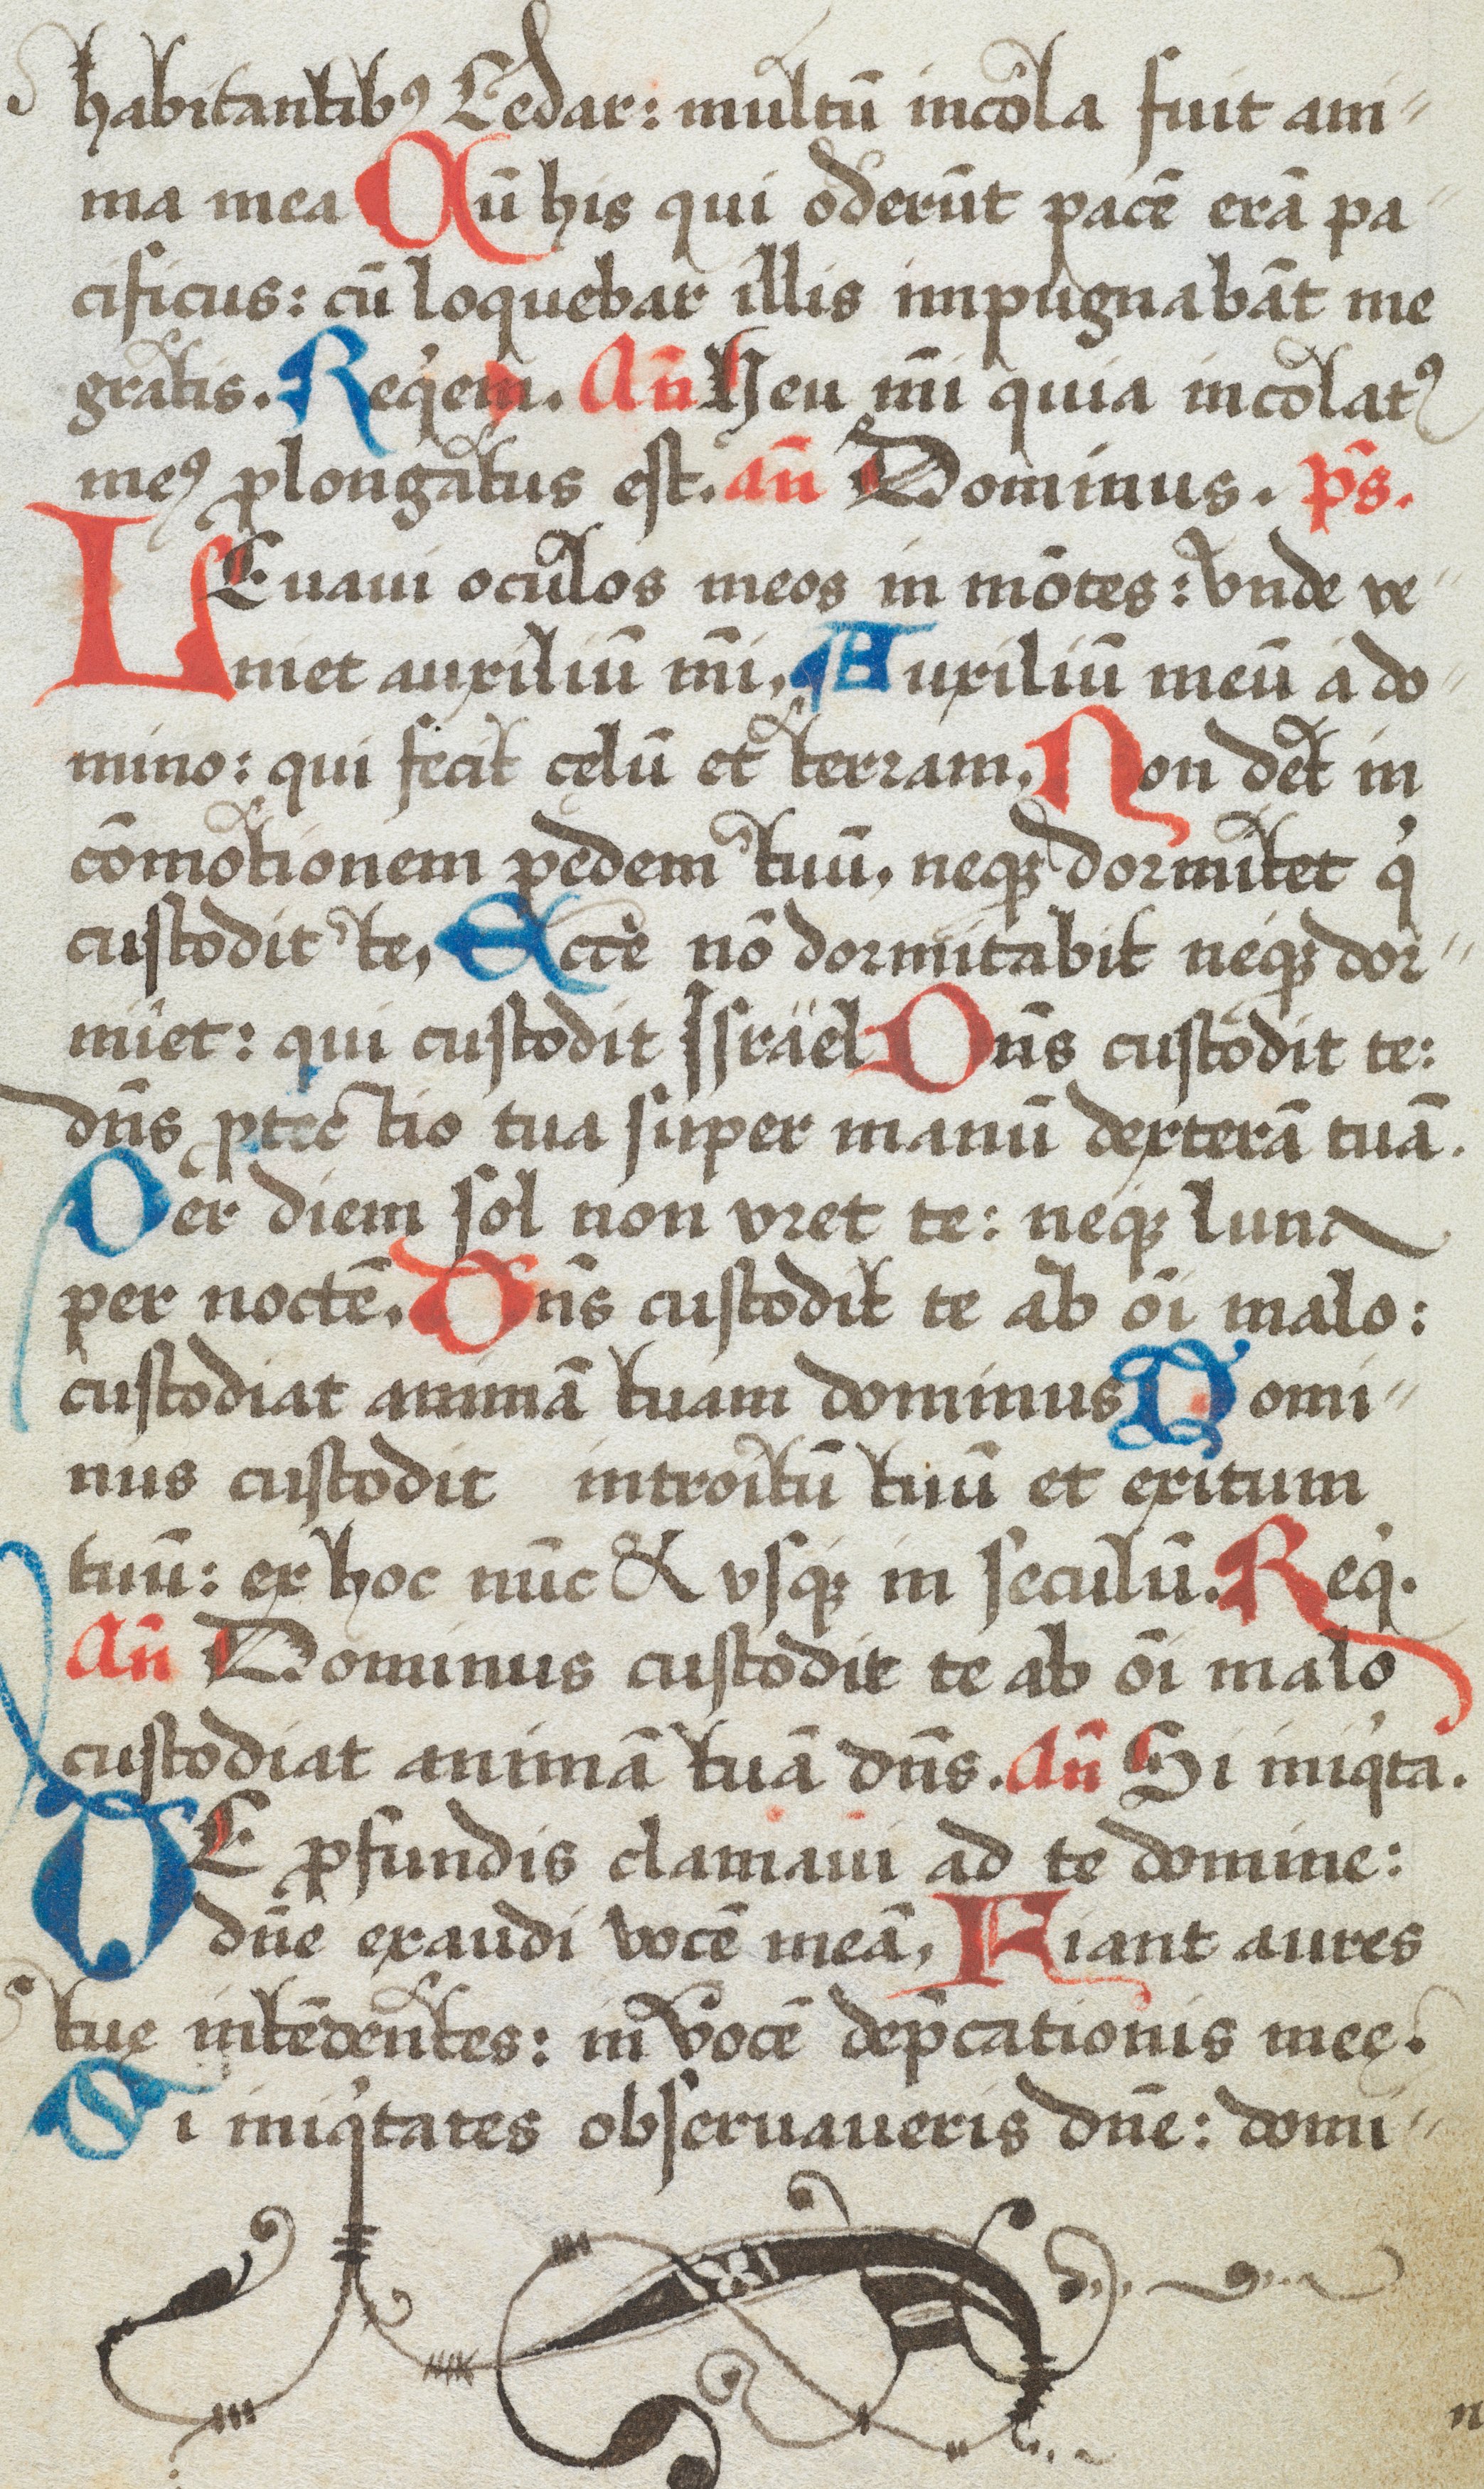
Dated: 1574–1574